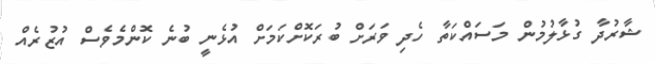
ޝާރުދާ ގުޅާލުމުން މަސައްކަތާ ހެދި ވަރަށް ބުރަކޮށްކަމަށް އުޅެނީ ބުނެ ކޮންމެވެސް އުޒުރެއް